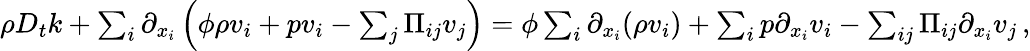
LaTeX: \begin{array}{r}{\rho D_{t}k+\sum_{i}\partial_{x_{i}}\left(\phi\rho v_{i}+pv_{i}-\sum_{j}\Pi_{ij}v_{j}\right)=\phi\sum_{i}\partial_{x_{i}}(\rho v_{i})+\sum_{i}p\partial_{x_{i}}v_{i}-\sum_{ij}\Pi_{ij}\partial_{x_{i}}v_{j}\, ,}\end{array}